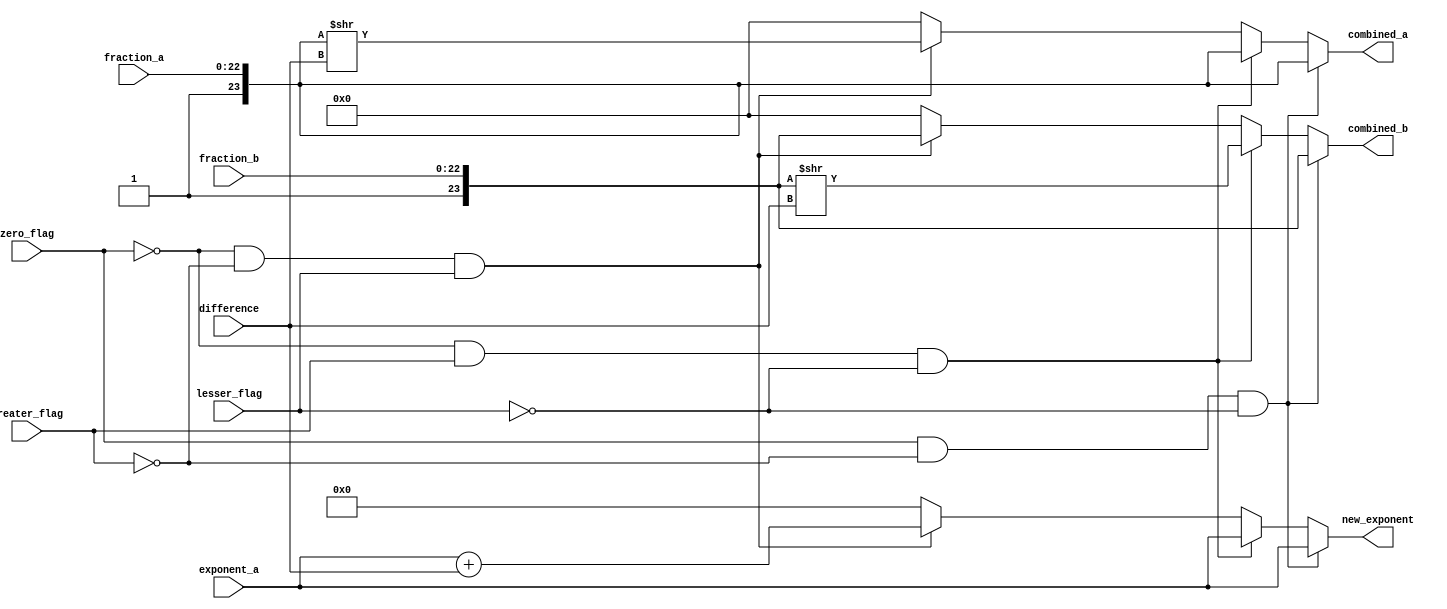
module c_shift1(exponent_a,difference,zero_flag,greater_flag,lesser_flag,fraction_a,fraction_b,combined_a,combined_b,new_exponent);

input [7:0] exponent_a,difference;
input [22:0] fraction_a,fraction_b;
//input clk;
//input clk;

reg [23:0] temp_combined_a,temp_combined_b;
//a_nonfraction,b_nonfraction
input zero_flag,greater_flag,lesser_flag;
output reg [7:0]new_exponent;
output reg [23:0]combined_a,combined_b;

//assign new_exponent = exponent_a;

always@(*)
begin
	if(zero_flag == 1 && greater_flag == 1'b0 && lesser_flag == 0)
	begin
	 
	 combined_a = {1'b1,fraction_a[22:0]};
	 combined_b = {1'b1,fraction_b[22:0]};
	 new_exponent = exponent_a;

	end
	else if(zero_flag == 0 && greater_flag == 1'b1 && lesser_flag == 0)
	begin
 	
	 combined_a = {1'b1,fraction_a[22:0]};
	 temp_combined_b = {1'b1,fraction_b[22:0]}; 	
	 combined_b = temp_combined_b>>difference;
	 new_exponent = exponent_a;
	 
	end
	else if(zero_flag == 1'b0 && greater_flag == 1'b0 && lesser_flag == 1)
	begin

	 combined_b = {1'b1,fraction_b[22:0]};
	 temp_combined_a = {1'b1,fraction_a[22:0]}; 	
	 combined_a = temp_combined_a>>difference;
	 new_exponent = exponent_a + difference;

	end

	else
	begin

	combined_a = 24'b0;
	 combined_b = 24'b0;
	new_exponent = 8'b0;
	end
end


endmodule